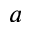
a